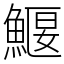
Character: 鰋